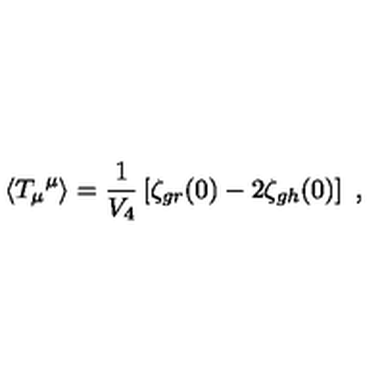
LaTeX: \langle { T _ { \mu } } ^ { \mu } \rangle = \frac { 1 } { V _ { 4 } } \left[ \zeta _ { g r } ( 0 ) - 2 \zeta _ { g h } ( 0 ) \right] \ ,